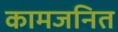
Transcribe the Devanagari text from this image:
कामजनित